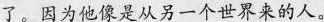
了。因为他像是从塑一个世界来的人。